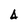
Character: 4